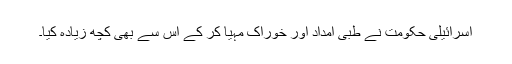
اسرائیلی حکومت نے طبی امداد اور خوراک مہیا کر کے اس سے بھی کچھ زیادہ کیا۔